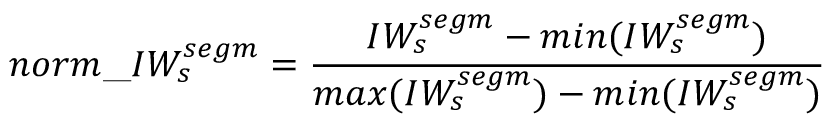
n o r m \_ I W _ { s } ^ { s e g m } = \frac { I W _ { s } ^ { s e g m } - m i n ( I W _ { s } ^ { s e g m } ) } { m a x ( I W _ { s } ^ { s e g m } ) - m i n ( I W _ { s } ^ { s e g m } ) }